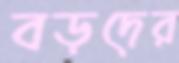
বড়দের